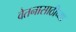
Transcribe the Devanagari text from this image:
वेतनासाठीच्या